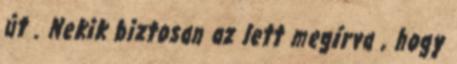
út . Nekik biztosan az lett megírva , hogy